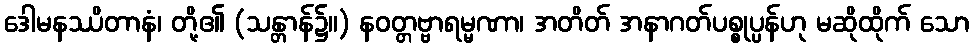
ဒေါမနဿိတာနံ၊ တို့၏ (သန္တာန်၌။) နဝတ္တဗ္ဗာရမ္မဏာ၊ အတိတ် အနာဂတ်ပစ္စုပ္ပန်ဟု မဆိုထိုက် သော